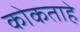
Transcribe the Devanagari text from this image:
कोकताहे